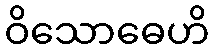
ဝိသောဓေဟိ